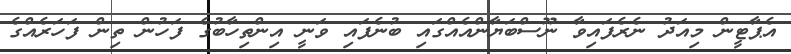
އެޕާޓީން މިއަދު ނެރެފައިވާ ނޫސްބަޔާންއެއްގައި ބުނެފައި ވަނީ އިންތިހާބުގެ ފަހުން ތިން ފަހަރެއްގެ